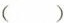
()